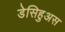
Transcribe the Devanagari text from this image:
डेसिहुअस